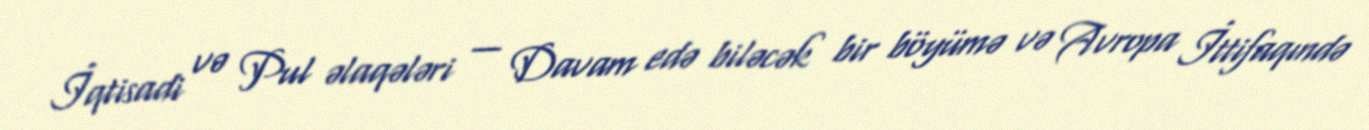
İqtisadi və Pul əlaqələri — Davam edə biləcək bir böyümə və Avropa İttifaqındə